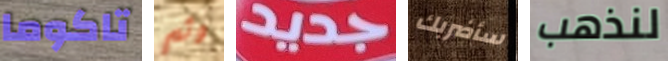
تاكوما وثم جديد سأضربك لنذهب